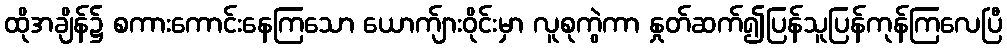
ထိုအချိန်၌ စကားကောင်းနေကြသော ယောက်ျားဝိုင်းမှာ လူစုကွဲကာ နှုတ်ဆက်၍ပြန်သူပြန်ကုန်ကြလေပြီ